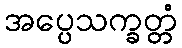
အပ္ပေသက္ခတ္တံ